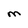
Character: M